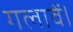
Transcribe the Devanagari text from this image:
गलावें।